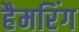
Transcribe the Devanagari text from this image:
हैमरिंग